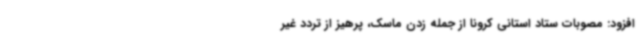
افزود: مصوبات ستاد استانی کرونا از جمله زدن ماسک، پرهیز از تردد غیر